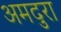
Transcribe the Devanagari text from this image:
अमदुरा